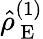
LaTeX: \hat{\rho}_{\mathrm{~E~}}^{(1)}